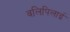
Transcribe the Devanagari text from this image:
वलिपिलाई